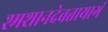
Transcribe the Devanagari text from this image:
श्मशानदेवतायागं